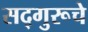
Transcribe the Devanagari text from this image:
सद्‌गुरूचे